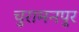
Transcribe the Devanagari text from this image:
चुरामनपुर